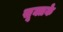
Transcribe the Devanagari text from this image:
सूक्तके